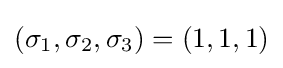
(\sigma _{1},\sigma _{2},\sigma _{3})=(1,1,1)